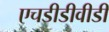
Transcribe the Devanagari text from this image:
एचडीडीवीडी